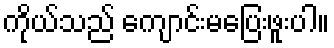
ကိုယ်သည် ကျောင်းမပြေးဖူးပါ။